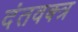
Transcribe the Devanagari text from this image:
दंतवक्त्र